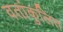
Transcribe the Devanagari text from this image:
वतांकुलित